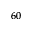
^ { 6 0 }